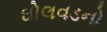
ઘોલવડનો